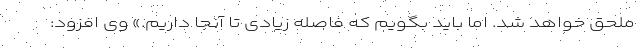
ملحق خواهد شد. اما باید بگویم که فاصله زیادی تا آنجا داریم.» وی افزود: